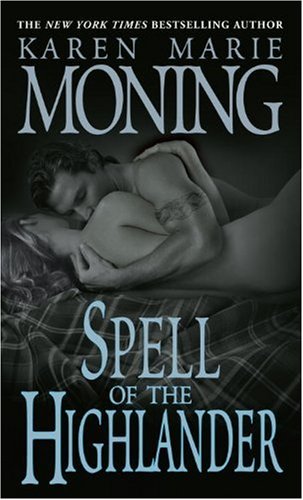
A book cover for Spell of the Highlander (The Highlander Series, Book 7); Karen Marie Moning; Romance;